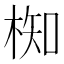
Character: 椥